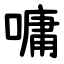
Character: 嘃